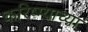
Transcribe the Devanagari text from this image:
करिष्म्याच्या